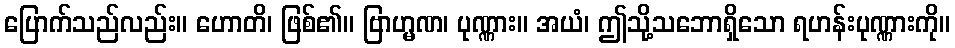
ပြောက်သည်လည်း။ ဟောတိ၊ ဖြစ်၏။ ဗြာဟ္မဏ၊ ပုဏ္ဏား။ အယံ၊ ဤသို့သဘောရှိသော ရဟန်းပုဏ္ဏားကို။